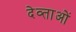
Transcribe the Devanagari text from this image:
देव्ताओं